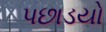
પછાડયો